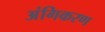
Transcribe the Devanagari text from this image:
अंगिकरण